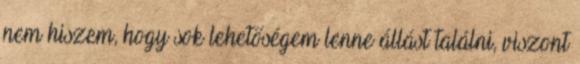
nem hiszem, hogy sok lehetőségem lenne állást találni, viszont